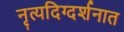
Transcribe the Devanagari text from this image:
नृत्यदिग्दर्शनात